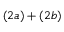
( 2 a ) + ( 2 b )